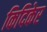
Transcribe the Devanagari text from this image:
किदिकेर